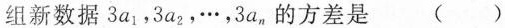
组新数据3a_{1}，3a_{2}，\cdots，3a_{n}的方差是 ( )